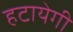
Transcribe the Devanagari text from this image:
हटायेगी